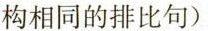
构相同的排比句)